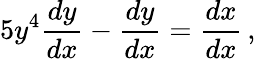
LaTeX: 5y^{4}{\frac{dy}{dx}}-{\frac{dy}{dx}}={\frac{dx}{dx}}\, ,